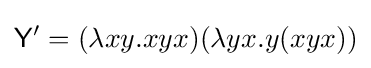
{\mathsf {Y}}'=(\lambda xy.xyx)(\lambda yx.y(xyx))